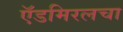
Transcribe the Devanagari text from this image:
ऍडमिरलचा